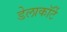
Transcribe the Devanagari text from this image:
डेलाकॉर्टे